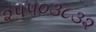
૨૫૫૦૩૮૩૨